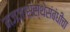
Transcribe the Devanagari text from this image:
मज्जासंस्थेसंबंधीचा